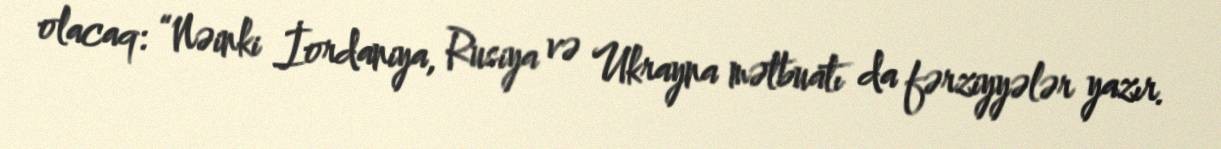
olacaq: “Nəinki İordaniya, Rusiya və Ukrayna mətbuatı da fərziyyələr yazır.